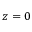
z = 0